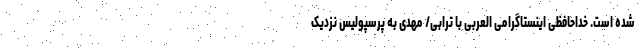
شده است. خداحافظی اینستاگرامی العربی با ترابی/ مهدی به پرسپولیس نزدیک